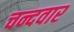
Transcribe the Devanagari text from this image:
चन्दवार